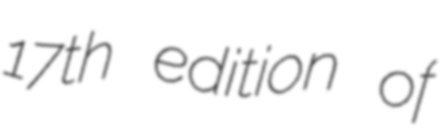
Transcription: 17th edition of